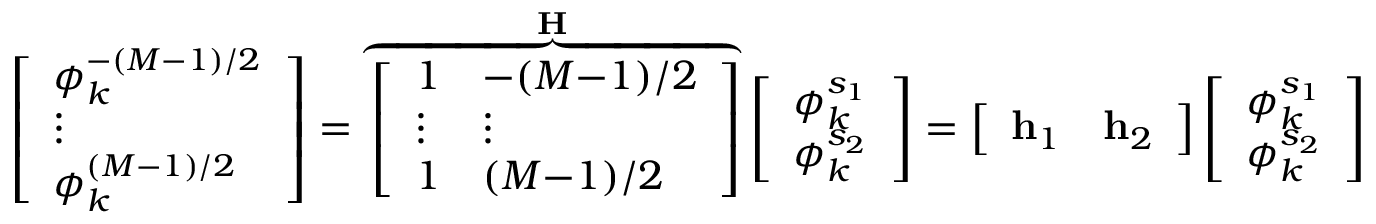
\left[ \begin{array} { l } { \phi _ { k } ^ { - ( M - 1 ) / 2 } } \\ { \vdots } \\ { \phi _ { k } ^ { ( M - 1 ) / 2 } } \end{array} \right] = \overbrace { \left[ \begin{array} { l l } { 1 } & { - ( M { - } 1 ) / 2 } \\ { \vdots } & { \vdots } \\ { 1 } & { ( M { - } 1 ) / 2 } \end{array} \right] } ^ { \mathbf { H } } \left[ \begin{array} { l } { \phi _ { k } ^ { s _ { 1 } } } \\ { \phi _ { k } ^ { s _ { 2 } } } \end{array} \right] = \left[ \begin{array} { l l } { \mathbf { h } _ { 1 } } & { \mathbf { h } _ { 2 } } \end{array} \right] \left[ \begin{array} { l } { \phi _ { k } ^ { s _ { 1 } } } \\ { \phi _ { k } ^ { s _ { 2 } } } \end{array} \right]